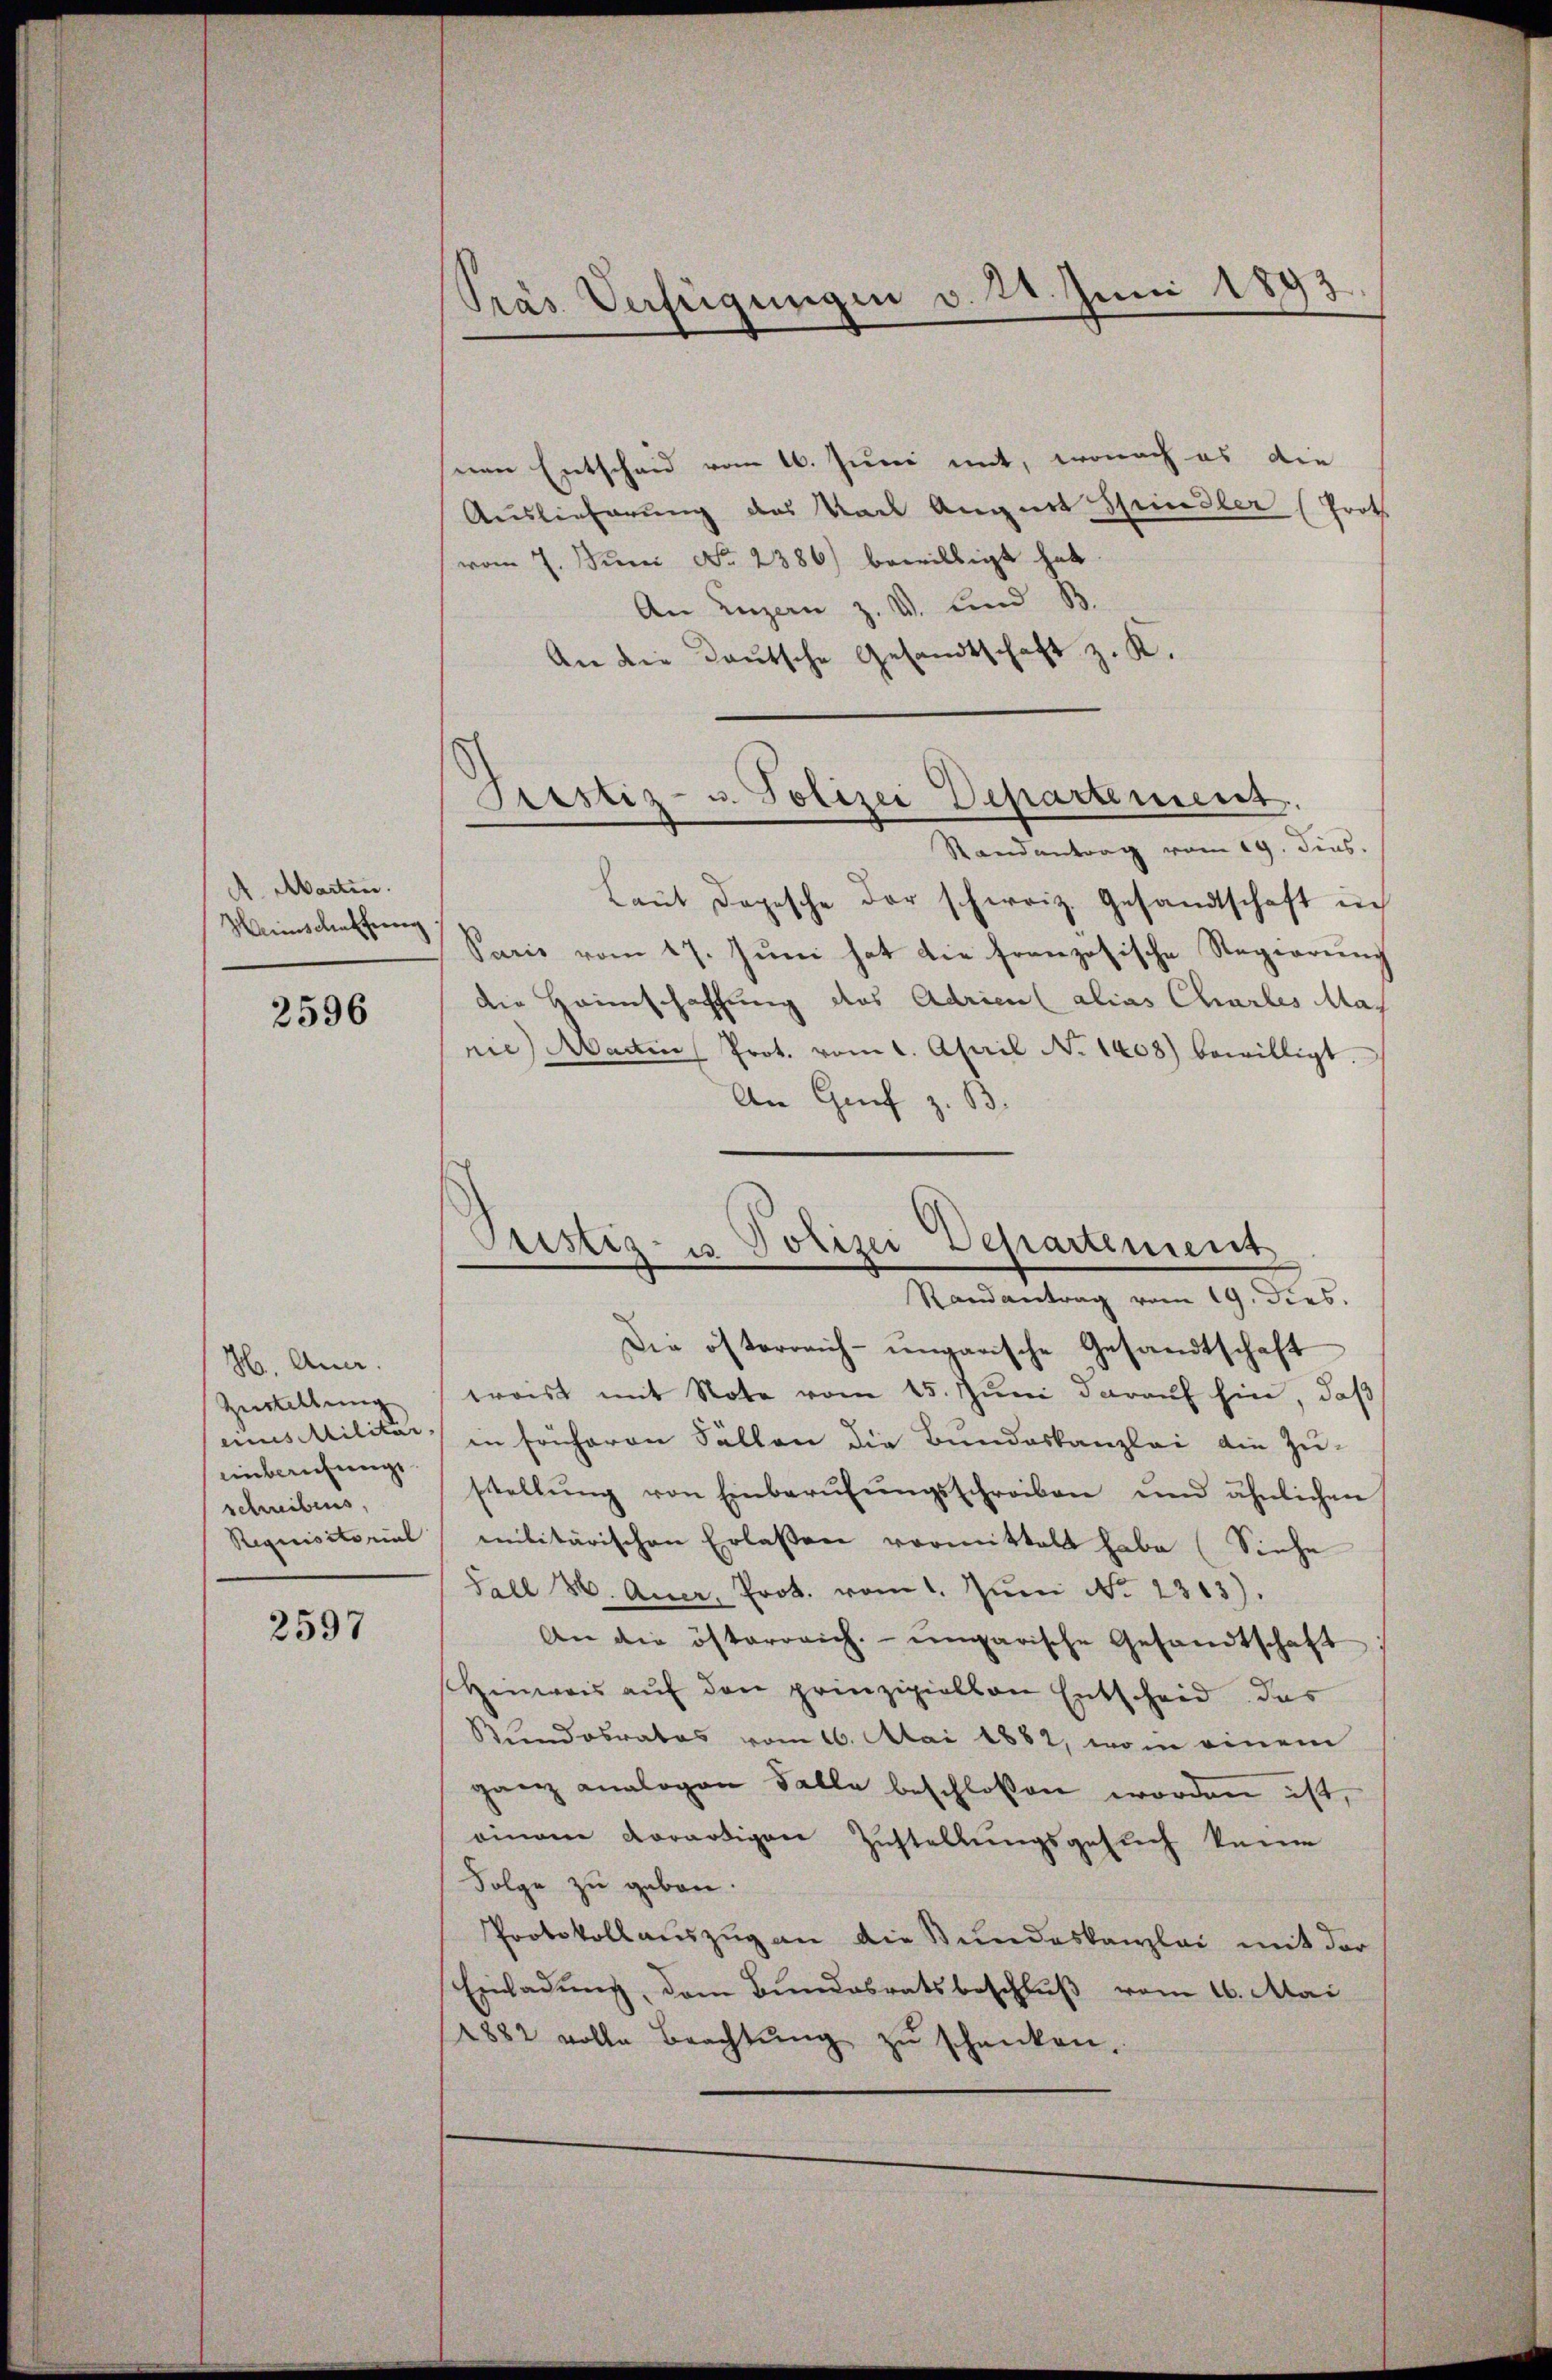
A. Marten.
Weinschaffeng

2596

H. Ana.
Zustellung
enberufungs
schreibens,
Requisitorial

2597

Pras Verfügungen v. 21. Juni 1893

snen Entscheid vom 16. Juni mit, wonach es die
Auslieferung des von August Spindler (Proth
vom 7. Juni No 2386) bewilligt hat.
An Luzern z. v. und B
An die Deutsche Gesandtschaft z. K.
Standentrag vom 19. dies.
Laut Depesche der schweiz. Gesandtschaft in
Sacis vom 17. Juni hat die französische Regierung
die Heimschaffung des Adrien alias Charbes Mas
nie) Martin Prot. vom 1. April No 1408) bewilligt.
An Grif z. B.
Randantrag vom 19. dies.
Die österreich-ungarische Gesandtschaft
eroist mit Note vom 15. Juni darauf hin, daß
eines Militär in früheren Fällen die Bundeskanzlei die Zu-
stellŭng von Einberŭfŭngsschreiben und ähnlichen
militärischen Erlassen vormittelt habe (Siehe
Fall 26. Auer, Prot. vom 1. Jŭni No 2313).
An die österreich. ungarische Gesandtschaft
Hinweis auf den prinzipiellen Entscheid das
Kundesrates vom 16. Mai 1862, vom einem
ganz analogen Falle beschlossen worden ist,
einem Vorartigen Zustellungsgesuch keine
Folge zu gebon.
Protokollauszug an die Bundeskanzlei mit der
Einladung, dem Bundesratsbeschluß vom 16. Mai
1882 volle Beachtŭng zŭ schenken,

Grestiz- u. Polizei Departement.

Pristiz- u Polizei Departement